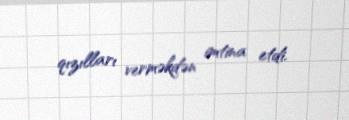
qızılları verməkdən imtina etdi.